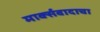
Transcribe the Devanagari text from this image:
मार्क्‍सवादाचा